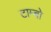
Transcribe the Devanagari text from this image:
टाम्‍बो